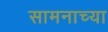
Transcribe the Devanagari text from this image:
सामनाच्या